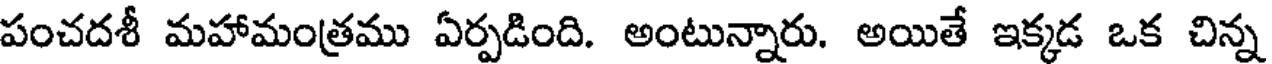
పంచదశీ మహామంత్రము ఏర్పడింది. అంటున్నారు. అయితే ఇక్కడ ఒక చిన్న